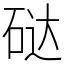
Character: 鿎